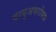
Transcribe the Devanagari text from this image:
वायुअवरोधक